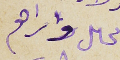
محاىل واىراهم